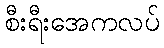
စီးရီးအေကလပ်